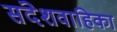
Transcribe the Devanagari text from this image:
संदेशवाहिका